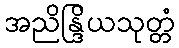
အညိန္ဒြိယသုတ္တံ